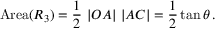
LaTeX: \mathrm { A r e a } ( R _ { 3 } ) = { \frac { 1 } { 2 } } \ | O A | \ | A C | = { \frac { 1 } { 2 } } \tan \theta \, .